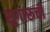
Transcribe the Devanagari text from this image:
सुगारूची